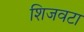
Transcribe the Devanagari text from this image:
शिजवटा